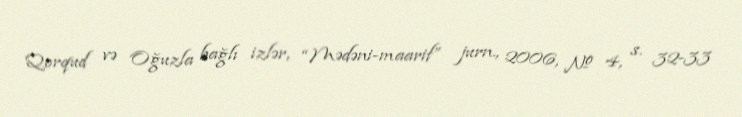
Qorqud və Oğuzla bağlı izlər, “Mədəni-maarif” jurn., 2006, № 4, s. 32-33